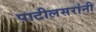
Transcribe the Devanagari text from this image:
पाटीलसरांनी